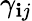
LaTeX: \gamma_{\mathbf{i}j}